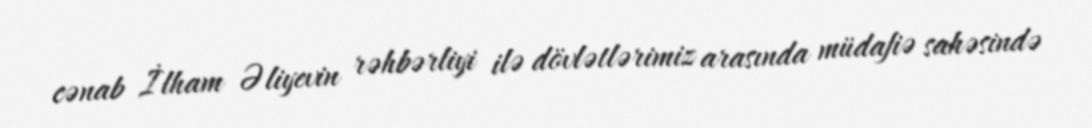
cənab İlham Əliyevin rəhbərliyi ilə dövlətlərimiz arasında müdafiə sahəsində